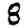
Digit: 8